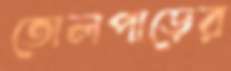
তোলপাড়ের